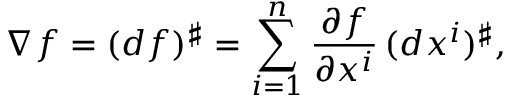
\nabla f = ( d f ) ^ { \sharp } = \sum _ { i = 1 } ^ { n } { \frac { \partial f } { \partial x ^ { i } } } \, ( d x ^ { i } ) ^ { \sharp } ,